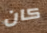
كان